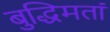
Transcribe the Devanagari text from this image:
बुद्धिमतां